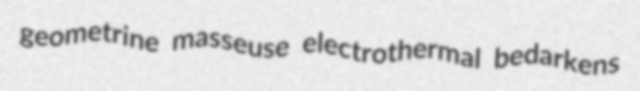
geometrine masseuse electrothermal bedarkens